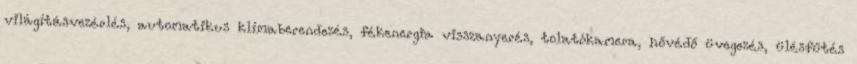
világításvezérlés, automatikus klímaberendezés, fékenergia visszanyerés, tolatókamera, hővédő üvegezés, ülésfűtés